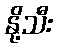
နို့သီး